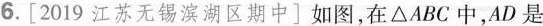
6. [2019江苏无锡滨湖区期中]如图，在△ABC中，AD是